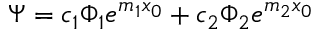
\Psi = c _ { 1 } \Phi _ { 1 } e ^ { m _ { 1 } x _ { 0 } } + c _ { 2 } \Phi _ { 2 } e ^ { m _ { 2 } x _ { 0 } }